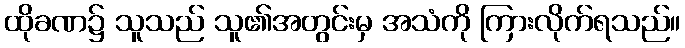
ထိုခဏ၌ သူသည် သူ၏အတွင်းမှ အသံကို ကြားလိုက်ရသည်။